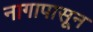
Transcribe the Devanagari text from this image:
नागापासून